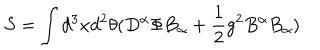
LaTeX: S = \int d ^ { 3 } x d ^ { 2 } \theta ( D ^ { \alpha } \Phi B _ { \alpha } + \frac 1 2 g ^ { 2 } B ^ { \alpha } B _ { \alpha } )